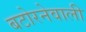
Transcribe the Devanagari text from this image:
बटोरनेवाली